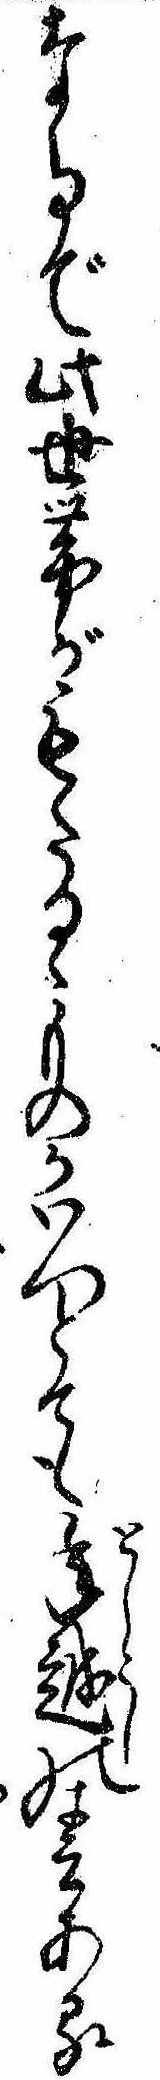
な事で此世帯がもたるゝものかいつとても年越の春ある